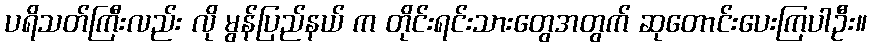
ပရိသတ်ကြီးလည်း လို မွန်ပြည်နယ် က တိုင်းရင်းသားတွေအတွက် ဆုတောင်းပေးကြပါဦး။